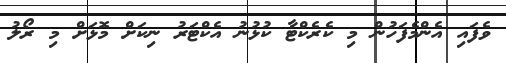
ވެފައި އެންމެފަހުން މި ކެރެކްޓާ ކުޅުނު އެކްޓަރު ނިކަށް މޮޅަށް މި ރޯލު